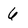
Character: 6